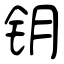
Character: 钥